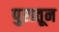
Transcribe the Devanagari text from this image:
पुरातून